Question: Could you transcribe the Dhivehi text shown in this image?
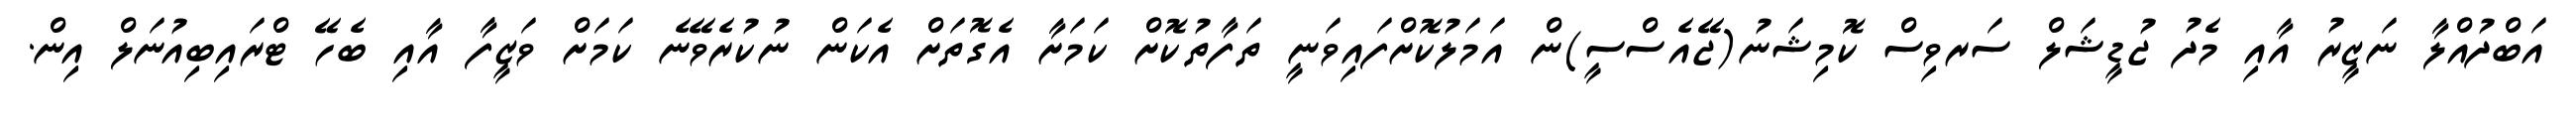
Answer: އަބްދުއްލާ ނަޒީރު އާއި މެދު ޖުޑީޝަލް ސަރވިސް ކޮމިޝަނު(ޖޭއެސްސީ)ން އަމަލުކޮށްފައިވަނީ ތަފާތުކޮށް ކަމަށާ އެގޮތަށް އެކަން ނުކުރެވޭނެ ކަމަށް ވަޒީފާ އާއި ބެހޭ ޓްރައިބިއުނަލް އިން.